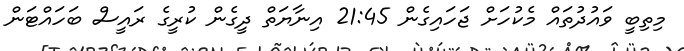
މިތިބީ ވައުދުތައް މެކުހަަށް ޖަހައިގެން 21:45 އިނާޔަތް ދީގެން ކުރީގެ ރައީސް ބަހައްޓަން